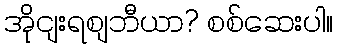
အိုငျးရစျဘီယာ? စစ်ဆေးပါ။